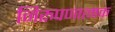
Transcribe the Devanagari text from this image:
निरुपणात्मक